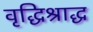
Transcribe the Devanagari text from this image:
वृद्धिश्राद्ध